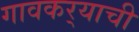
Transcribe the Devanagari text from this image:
गावकर्‍याची